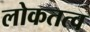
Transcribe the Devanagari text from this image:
लोकतत्‍व